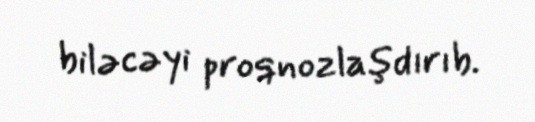
biləcəyi proqnozlaşdırıb.